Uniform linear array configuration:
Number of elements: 24
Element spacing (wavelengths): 0.5
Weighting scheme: cosine
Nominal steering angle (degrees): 15
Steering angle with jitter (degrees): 15.414
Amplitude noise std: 0.05
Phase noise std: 0.05

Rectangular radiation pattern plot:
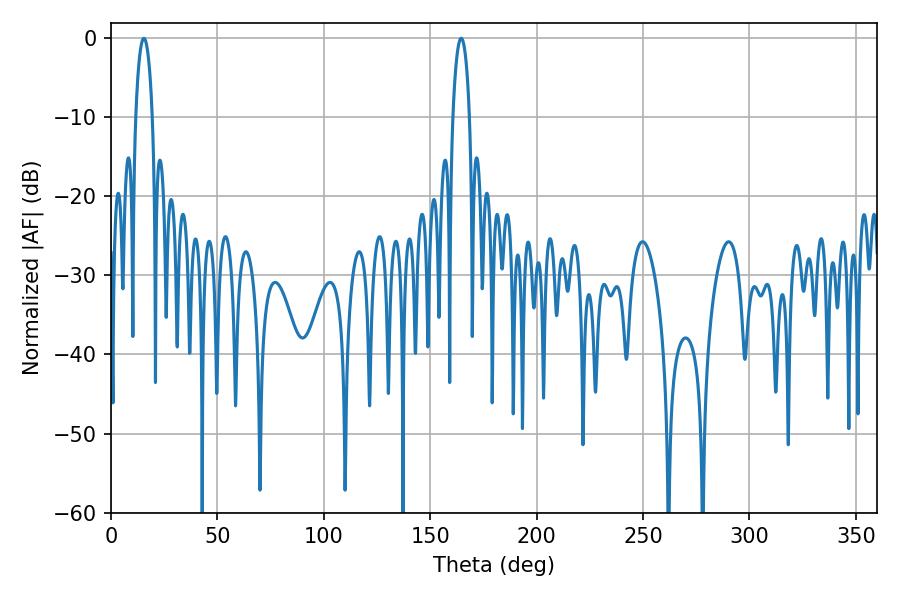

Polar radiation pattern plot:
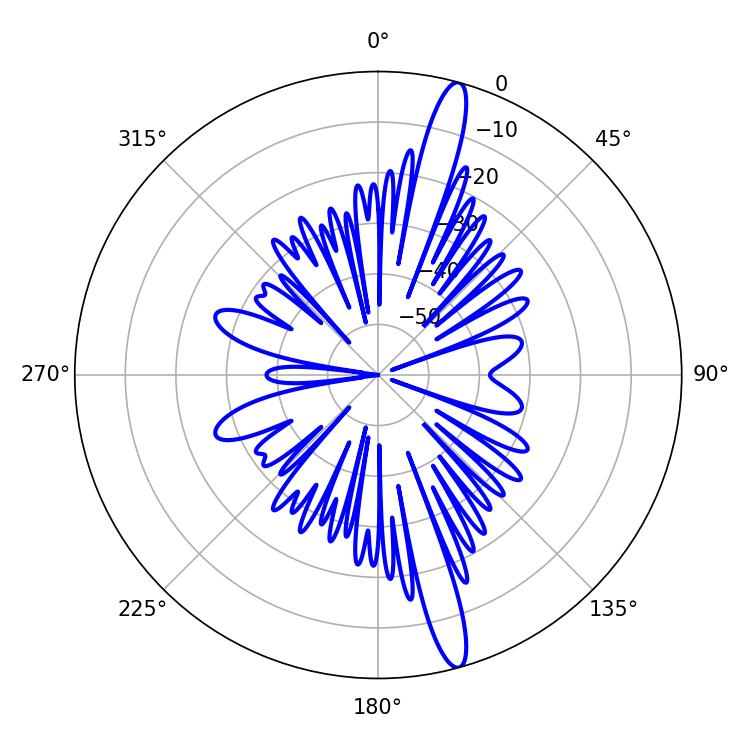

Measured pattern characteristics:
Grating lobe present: FALSE
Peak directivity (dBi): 16.404
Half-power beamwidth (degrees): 4.32
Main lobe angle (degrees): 15.48